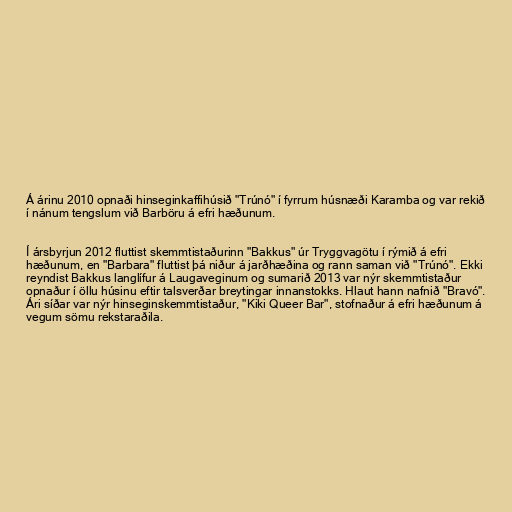
Á árinu 2010 opnaði hinseginkaffihúsið "Trúnó" í fyrrum húsnæði Karamba og var rekið
í nánum tengslum við Barböru á efri hæðunum.

Í ársbyrjun 2012 fluttist skemmtistaðurinn "Bakkus" úr Tryggvagötu í rýmið á efri
hæðunum, en "Barbara" fluttist þá niður á jarðhæðina og rann saman við "Trúnó". Ekki
reyndist Bakkus langlífur á Laugaveginum og sumarið 2013 var nýr skemmtistaður
opnaður í öllu húsinu eftir talsverðar breytingar innanstokks. Hlaut hann nafnið "Bravó".
Ári síðar var nýr hinseginskemmtistaður, "Kiki Queer Bar", stofnaður á efri hæðunum á
vegum sömu rekstaraðila.